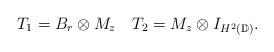
LaTeX: \begin{align*}T_1= B_r \otimes M_z\ \ \ T_2= M_z \otimes I_{H^2(\mathbb{D})}. \end{align*}